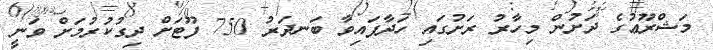
މަޝްރޫޢުގެ ދަށުން މިހާރު ރަށުގައި ހަދާފައިވާ ބަނދަރު 750 ފޫޓަށް ދިގުކުރުމަށް ވަނީ